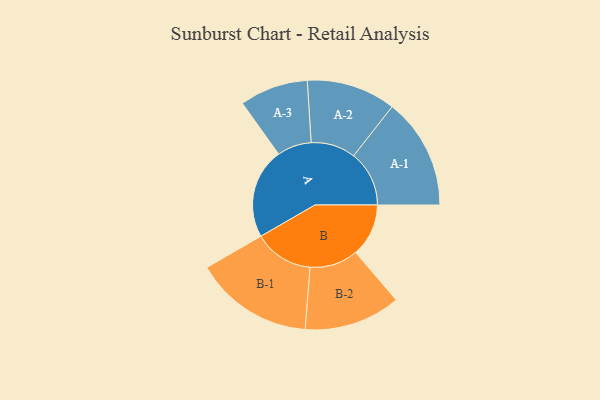
{"axis": {"x": "Segment", "y": "Value"}, "legend": ["", "A", "B"], "data": [{"x": "A", "y": 446, "type": ""}, {"x": "B", "y": 261, "type": ""}, {"x": "A-1", "y": 274, "type": "A"}, {"x": "A-2", "y": 220, "type": "A"}, {"x": "A-3", "y": 169, "type": "A"}, {"x": "B-1", "y": 293, "type": "B"}, {"x": "B-2", "y": 238, "type": "B"}]}